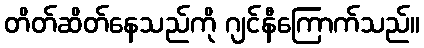
တိတ်ဆိတ်နေသည်ကို ဂျင်နီကြောက်သည်။